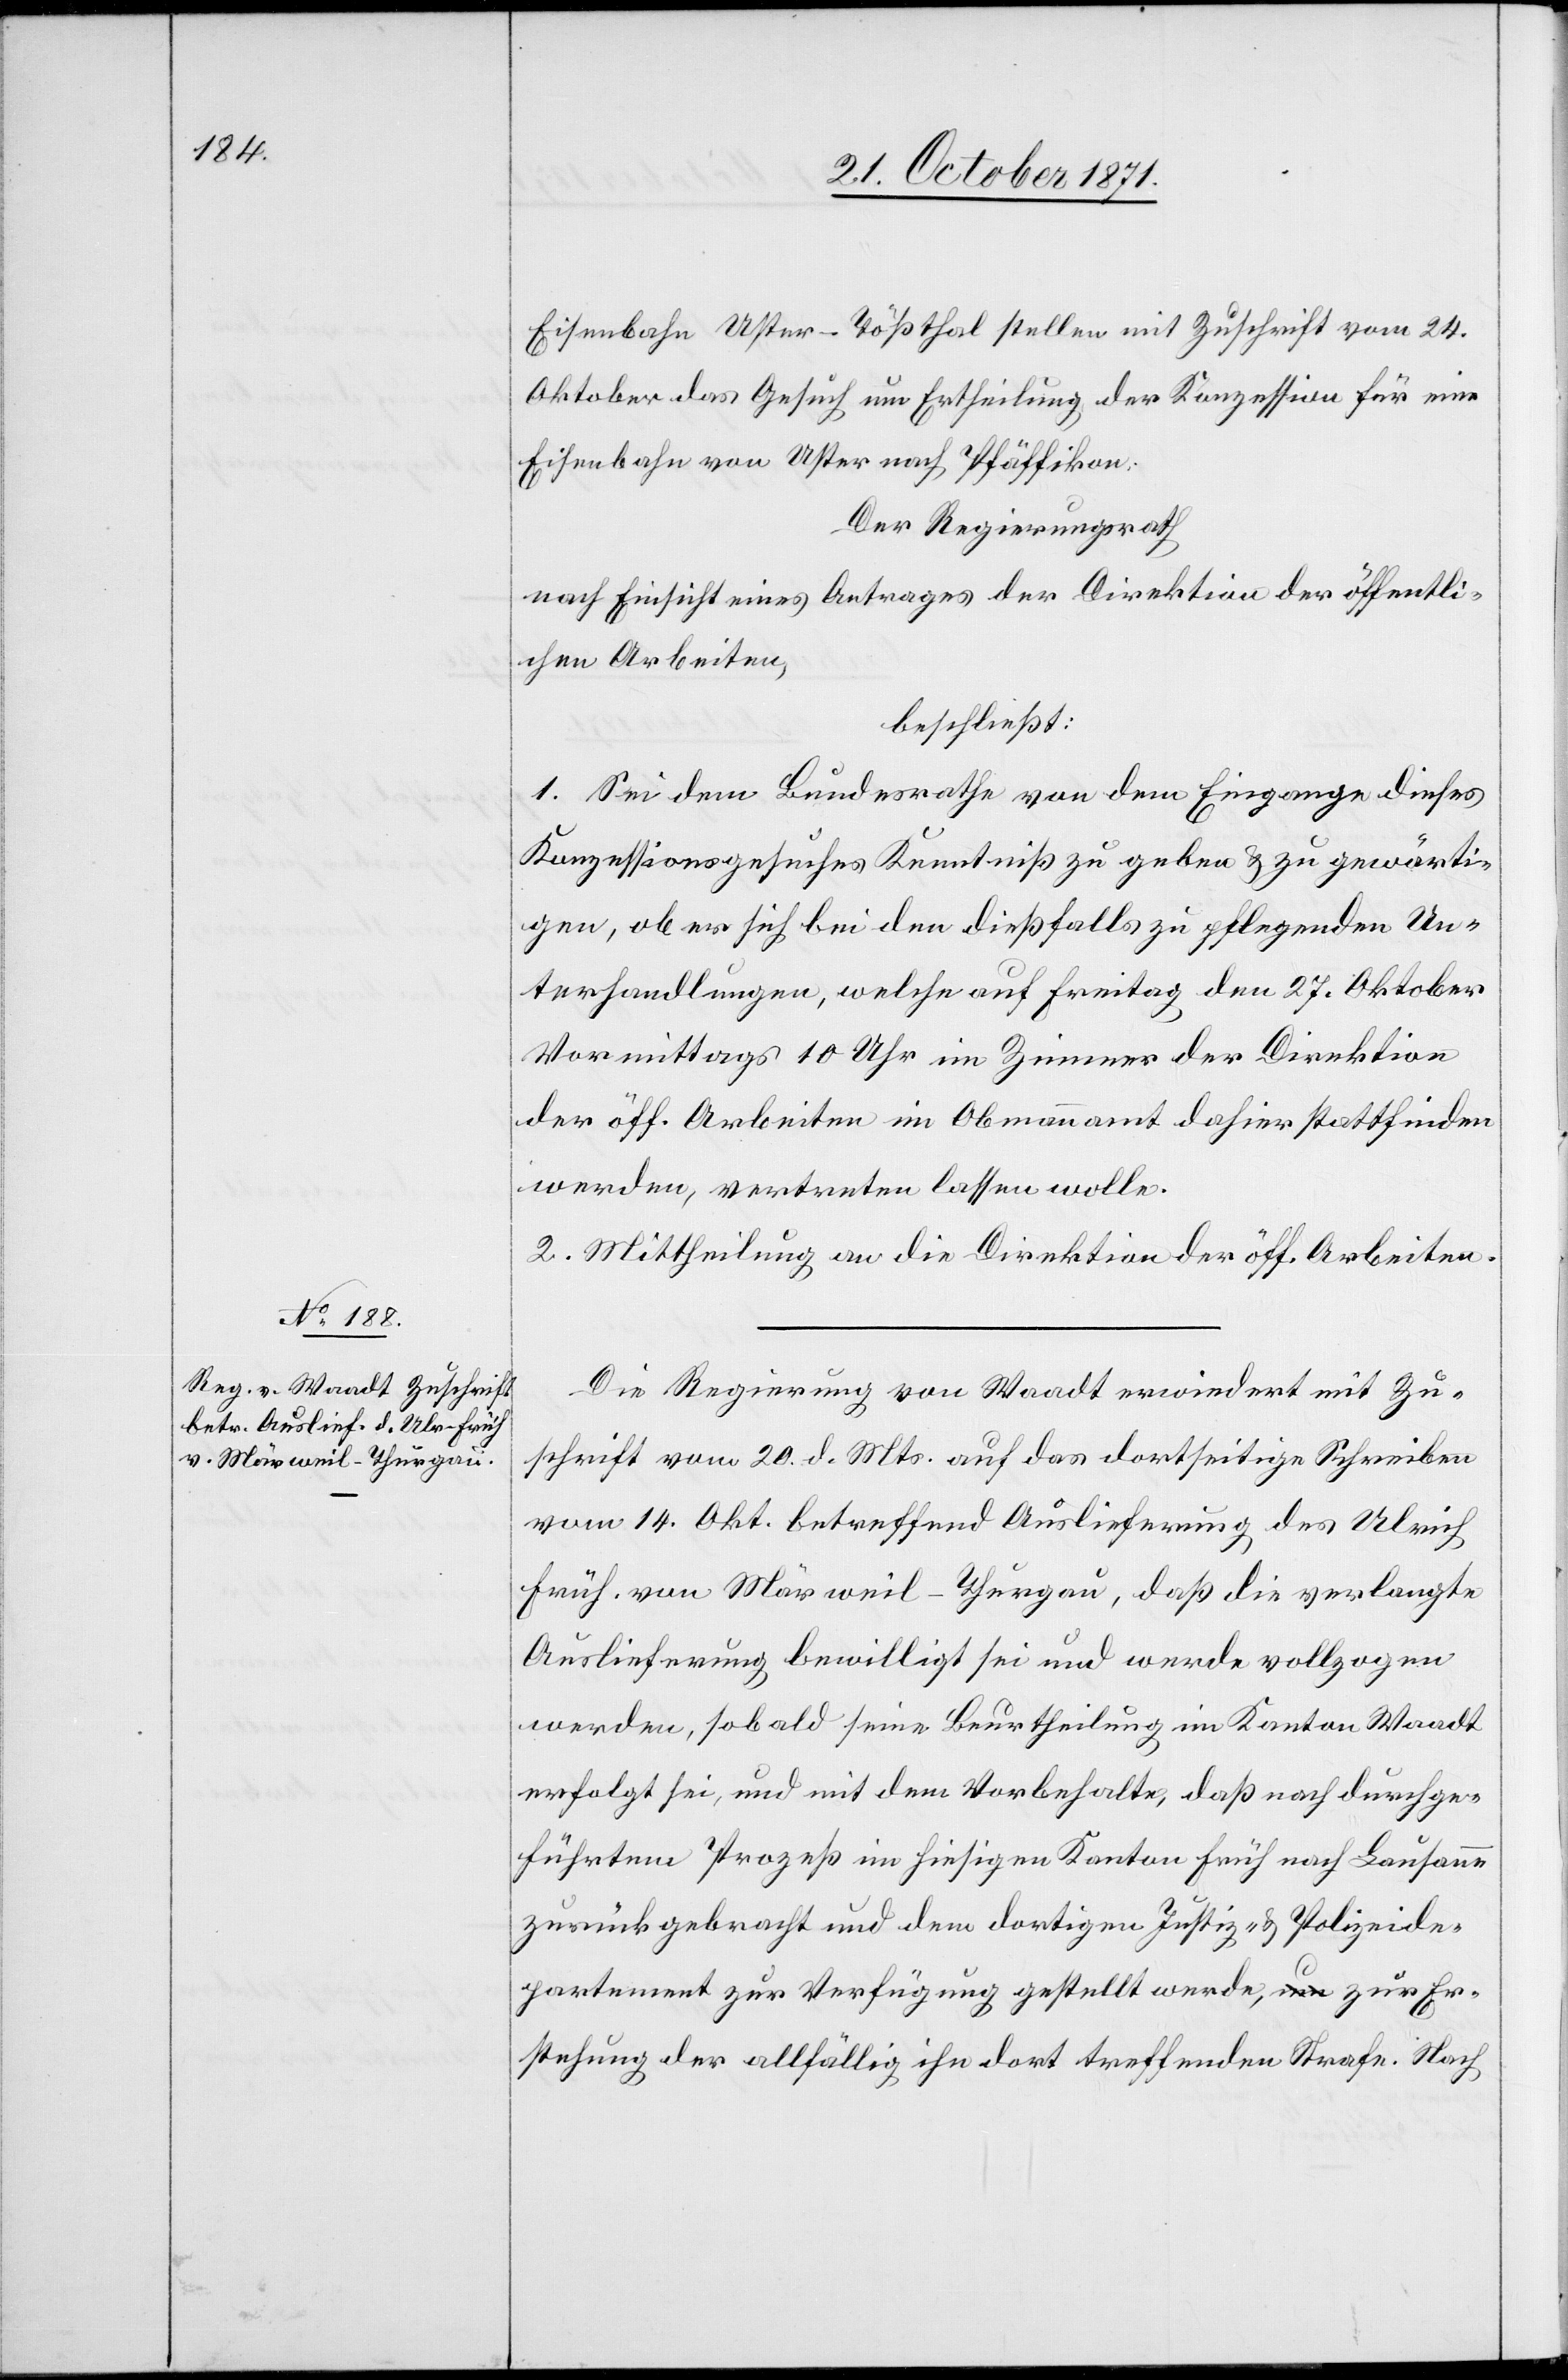
25. October 1871.]
Eisenbahn Uster–Tößthal stellen mit Zuschrift vom 24.
Oktober das Gesuch um Ertheilung der Konzession für eine
Eisenbahn von Uster nach Pfäffikon.
Der Regierungsrath
nach Einsicht eines Antrages der Direktion der öffentli¬
chen Arbeiten,
beschließt:
1. Sei dem Bundesrathe von dem Eingange dieses
Konzessionsgesuches Kenntniß zu geben & zu gewärti¬
gen, ob er sich bei den dießfalls zu pflegenden Un¬
terhandlungen, welche auf Freitag den 27. Oktober
Vormittags 10 Uhr im Zimmer der Direktion
der öff. Arbeiten im Obmannamt dahier stattfinden
werden vertreten lassen wolle.
2. Mittheilung an die Direktion der öff. Arbeiten.
Die Regierung von Waadt erwiedert mit Zu¬
schrift vom 20. d. Mts. auf das dortseitige Schreiben
vom 14. Okt. betreffend Auslieferung des Ulrich
Früh von Märsweil - Thurgau, daß die verlangte
Auslieferung bewilligt sei und werde vollzogen
werden, sobald seine Beurtheilung im Kanton Waadt
erfolgt sei, und mit dem Vorbehalte, daß er nach durchge¬
führtem Prozeß im hiesigen Kanton früh nach Lausanne
zurückgebracht und dem dortigen Justiz- & Polizeide¬
partement zur Verfügung gestellt werde, zur Er¬
stehung der allfällig ihn dort treffenden Strafe. Nach